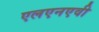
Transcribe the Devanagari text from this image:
एलएनएवी